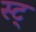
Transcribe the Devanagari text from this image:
स्ट्